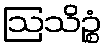
ဩသိဉ္စံ